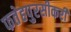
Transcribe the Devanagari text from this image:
फतेहपुरसीकरी